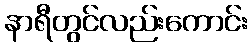
နာရီတွင်လည်းကောင်း